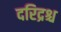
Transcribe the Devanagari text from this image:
दरिद्रश्च